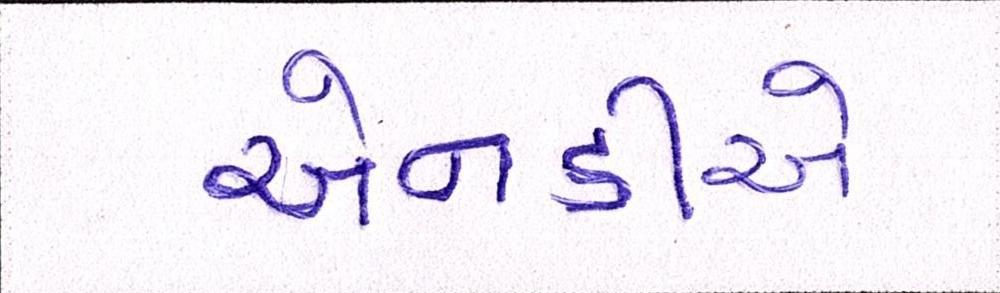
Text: એનડીએ